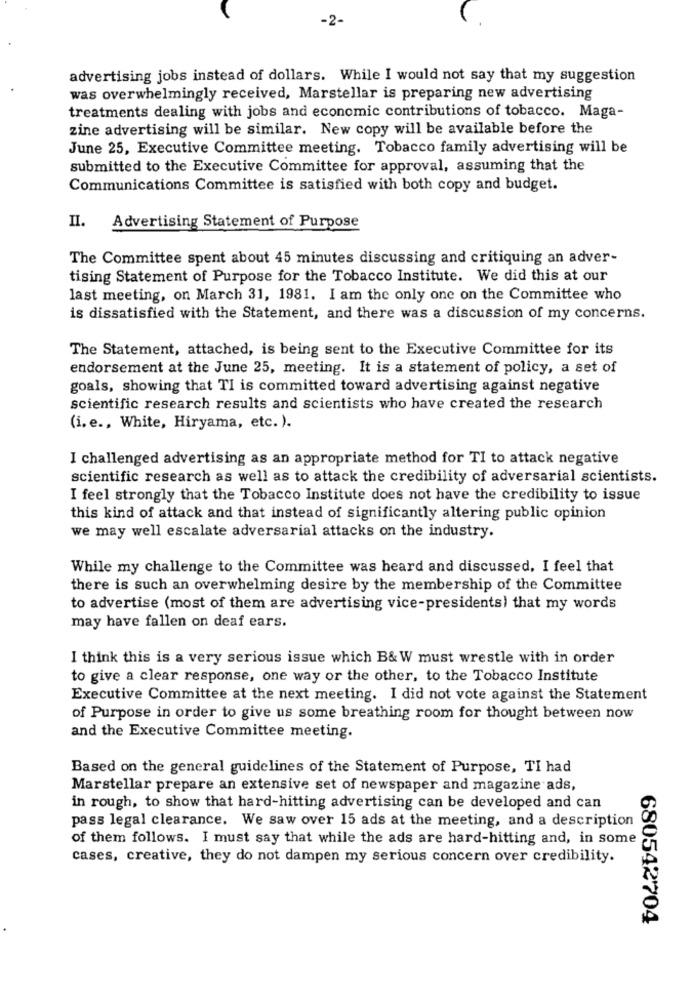
-2-
advertising jobs instead of dollars. While I would not say that my suggestion
was overwhelmingly received, Marstellar is preparing new advertising
treatments dealing with jobs and economic contributions of tobacco. Maga-
zine advertising will be similar. New copy will be available before the
June 25, Executive Committee meeting. Tobacco family advertising will be
submitted to the Executive Committee for approval, assuming that the
Communications Committee is satisfied with both copy and budget.
II.
Advertising Statement of Purpose
The Committee spent about 45 minutes discussing and critiquing an adver-
tising Statement of Purpose for the Tobacco Institute. We did this at our
last meeting, on March 31, 1981. I am the only one on the Committee who
is dissatisfied with the Statement, and there was a discussion of my concerns.
The Statement, attached, is being sent to the Executive Committee for its
endorsement at the June 25, meeting. It is a statement of policy, a set of
goals, showing that TI is committed toward advertising against negative
scientific research results and scientists who have created the research
(i. e ., White, Hiryama, etc. ).
I challenged advertising as an appropriate method for TI to attack negative
scientific research as well as to attack the credibility of adversarial scientists.
I feel strongly that the Tobacco Institute does not have the credibility to issue
this kind of attack and that instead of significantly altering public opinion
we may well escalate adversarial attacks on the industry.
While my challenge to the Committee was heard and discussed, I feel that
there is such an overwhelming desire by the membership of the Committee
to advertise (most of them are advertising vice-presidents) that my words
may have fallen on deaf ears.
I think this is a very serious issue which B& W must wrestle with in order
to give a clear response, one way or the other, to the Tobacco Institute
Executive Committee at the next meeting. I did not vote against the Statement
of Purpose in order to give us some breathing room for thought between now
and the Executive Committee meeting.
Based on the general guidelines of the Statement of Purpose, TI had
Marstellar prepare an extensive set of newspaper and magazine ads,
in rough, to show that hard-hitting advertising can be developed and can
pass legal clearance. We saw over 15 ads at the meeting, and a description
of them follows. I must say that while the ads are hard-hitting and, in some
cases, creative, they do not dampen my serious concern over credibility.
680542704